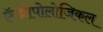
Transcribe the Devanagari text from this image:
ऍन्थ्रोपोलोजिकल